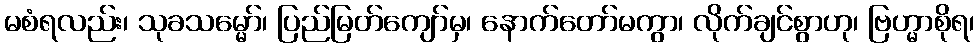
မစံရလည်း၊ သုခသမ္မော်၊ ပြည်မြတ်ကျော်မှ၊ နောက်တော်မကွာ၊ လိုက်ချင်စွာဟု၊ ဗြဟ္မာစိုရ၊